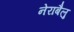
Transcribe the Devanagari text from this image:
नेराबैलु